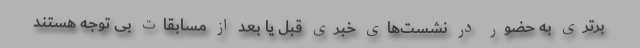
برتری به حضور در نشست‌های خبری قبل یا بعد از مسابقات بی توجه هستند